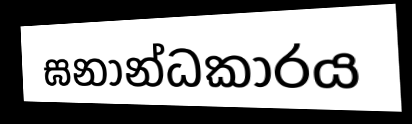
ඝනාන්ධකාරය